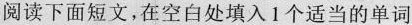
阅读下面短文,在空白处填入 1个适当的单词